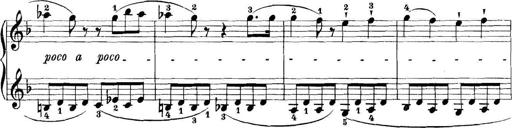
Title: 11 Sonatinas
Composer: Anton Diabelli